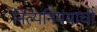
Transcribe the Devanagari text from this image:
नित्यनियमाची